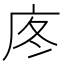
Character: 庝